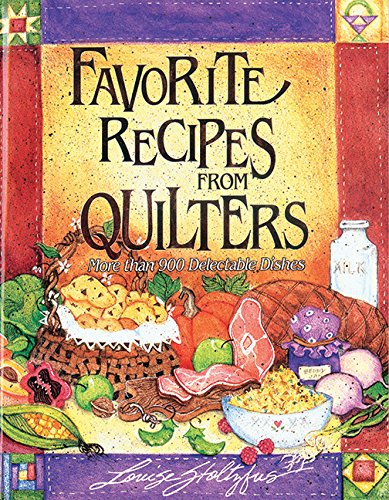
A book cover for Favorite Recipes from Quilters; Louise Stoltzfus; Cookbooks, Food & Wine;